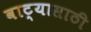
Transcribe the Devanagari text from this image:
वाट्यासाठी